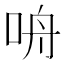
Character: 𪠾